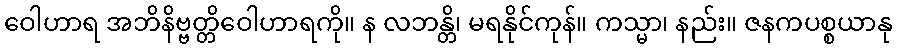
ဝေါဟာရ အဘိနိဗ္ဗတ္တိဝေါဟာရကို။ န လဘန္တိ၊ မရနိုင်ကုန်။ ကသ္မာ၊ နည်း။ ဇနကပစ္စယာနု